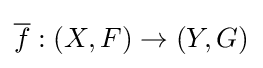
{\overline {f}}:(X,F)\to (Y,G)